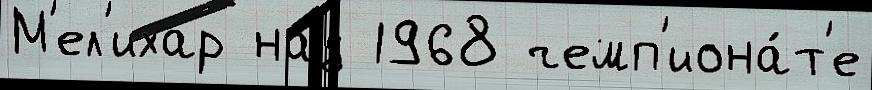
М'ел'ихар над 1968 чемп'иона́т'е